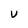
Character: U